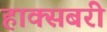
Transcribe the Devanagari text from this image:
हाक्सबरी